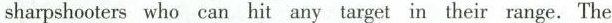
sharpshooters who can hit any target in their range. The